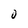
Character: 0